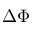
\Delta \Phi